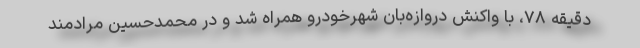
دقیقه ۷۸، با واکنش دروازه‌بان شهرخودرو همراه شد و در محمدحسین مرادمند